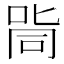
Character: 㖰